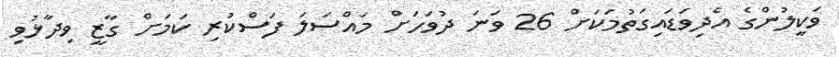
ވަކީލުންގެ އެދިވަޑައިގަތުމަކަށް 26 ވަނަ ދުވަހަށް މައްސަލަ ފަސްކުރި ކަމަށް ގާޒީ ވިދާޅުވި